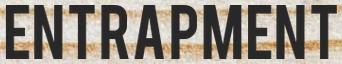
ENTRAPMENT